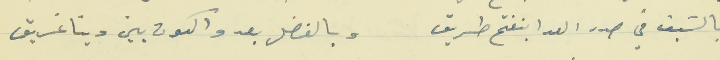
بالسَيف في صدر العدا بنفتح طريق                            وبالفضل بعدو الكون بين دينا غريق